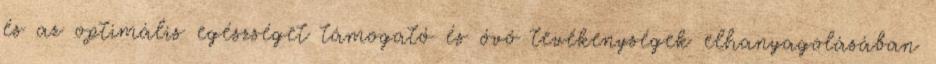
és az optimális egészséget támogató és óvó tevékenységek elhanyagolásában